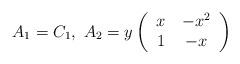
LaTeX: \begin{align*}A_{1} = C_{1},\ A_{2} = y \left(\begin{tabular}{cc}$x$ & $- x^{2}$\\$1$ & $-x$\end{tabular}\right) \end{align*}